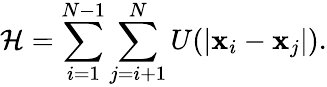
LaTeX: \mathcal{H}=\sum_{i=1}^{N-1}\sum_{j=i+1}^{N}U(|\mathbf x_{i}-\mathbf x_{j}|).